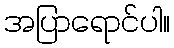
အပြာရောင်ပါ။